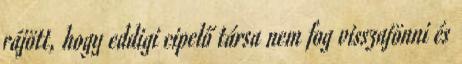
rájött, hogy eddigi cipelő társa nem fog visszajönni és